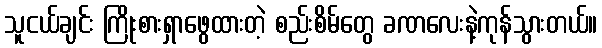
သူငယ်ချင်း ကြိုးစားရှာဖွေထားတဲ့ စည်းစိမ်တွေ ခဏလေးနဲ့ကုန်သွားတယ်။